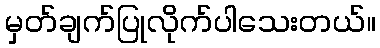
မှတ်ချက်ပြုလိုက်ပါသေးတယ်။